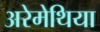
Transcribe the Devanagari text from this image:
अरेमेथिया